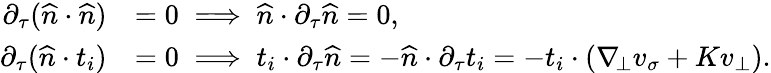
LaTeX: \begin{array}{rl}{\partial_{\tau}(\widehat{n}\cdot\widehat{n})}&{=0\implies\widehat{n}\cdot\partial_{\tau}\widehat{n}=0,}\\ {\partial_{\tau}(\widehat{n}\cdot t_{i})}&{=0\implies t_{i}\cdot\partial_{\tau}\widehat{n}=-\widehat{n}\cdot\partial_{\tau}t_{i}=-t_{i}\cdot(\nabla_{\! \bot}v_{\sigma}+Kv_{\bot}).}\end{array}